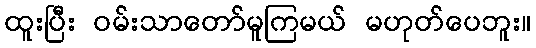
ထူးပြီး ဝမ်းသာတော်မူကြမယ် မဟုတ်ပေဘူး။